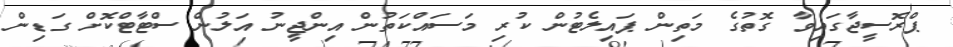
ޕްރޮސީޖާގައިވާ ގޮތުގެ މަތިން ޕައިލެޓުން ކުރި މަސައްކަތުން އިންޖީނު އަލުން ސްޓާޓްކޮށް ގަޑިން